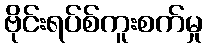
ဗိုင်းရပ်စ်ကူးစက်မှု